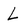
Character: L